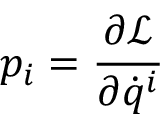
p _ { i } = { \frac { \partial { \mathcal { L } } } { \partial { \dot { q } } ^ { i } } }